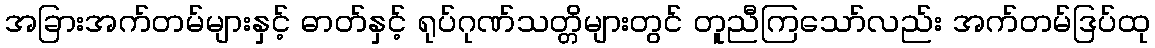
အခြားအက်တမ်များနှင့် ဓာတ်နှင့် ရုပ်ဂုဏ်သတ္တိများတွင် တူညီကြသော်လည်း အက်တမ်ဒြပ်ထု